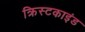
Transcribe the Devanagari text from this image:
क्रिस्टकाइंड